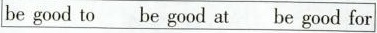
be good to be good at be good for